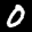
Label: 0